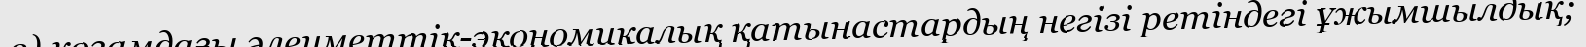
в) қоғамдағы әлеуметтік-экономикалық қатынастардың негізі ретіндегі ұжымшылдық;